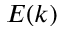
E ( k )